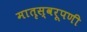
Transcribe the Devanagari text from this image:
मातृस्वरूपणी